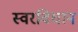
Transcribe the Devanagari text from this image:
स्वरविधान